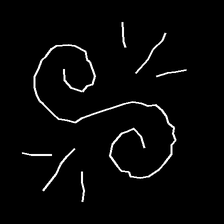
Glyph: wind-directs-air